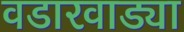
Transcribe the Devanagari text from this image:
वडारवाड्या